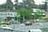
કબરા